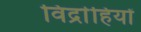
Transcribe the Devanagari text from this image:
विद्राेहियों